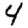
Digit: 4